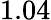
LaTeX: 1.04